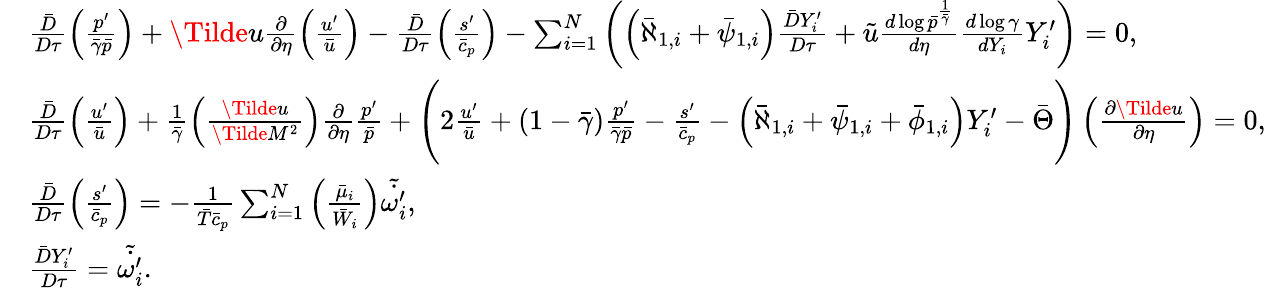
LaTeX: \begin{array}{rl}&{\frac{\bar{D}}{D\tau}\left(\frac{p^{\prime}}{\bar{\gamma}\bar{p}}\right)+\Tilde{u}\frac{\partial}{\partial\eta}\left(\frac{u^{\prime}}{\bar{u}}\right)-\frac{\bar{D}}{D\tau}\left(\frac{s^{\prime}}{\bar{c}_{p}}\right)-\sum_{i=1}^{N}\left(\left(\bar{\aleph}_{1,i}+\bar{\psi}_{1,i}\right)\frac{\bar{D}Y_{i}^{\prime}}{D\tau}+\tilde{u}\frac{d\log\bar{p}^{\frac{1}{\bar{\gamma}}}}{d\eta}\frac{d\log\gamma}{dY_{i}}Y_{i}^{\prime}\right)=0,}\\ &{\frac{\bar{D}}{D\tau}\left(\frac{u^{\prime}}{\bar{u}}\right)+\frac{1}{\bar{\gamma}}\left(\frac{\Tilde{u}}{\Tilde{M}^{2}}\right)\frac{\partial}{\partial\eta}\frac{p^{\prime}}{\bar{p}}+\Bigg(2\frac{u^{\prime}}{\bar{u}}+\left(1-\bar{\gamma}\right)\frac{p^{\prime}}{\bar{\gamma}\bar{p}}-\frac{s^{\prime}}{\bar{c}_{p}}-\left(\bar{\aleph}_{1,i}+\bar{\psi}_{1,i}+\bar{\phi}_{1,i}\right)Y_{i}^{\prime}-\bar{\Theta}\Bigg)\left(\frac{\partial\Tilde{u}}{\partial\eta}\right)=0,}\\ &{\frac{\bar{D}}{D\tau}\left(\frac{s^{\prime}}{\bar{c}_{p}}\right)=-\frac{1}{\bar{T}\bar{c}_{p}}\sum_{i=1}^{N}\left(\frac{\bar{\mu}_{i}}{\bar{W}_{i}}\right)\tilde{\dot{\omega_{i}^{\prime}}},}\\ &{\frac{\bar{D}Y_{i}^{\prime}}{D\tau}=\tilde{\dot{\omega_{i}^{\prime}}}.}\end{array}